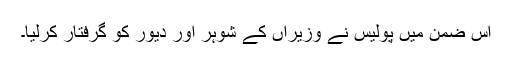
اس ضمن میں پولیس نے وزیراں کے شوہر اور دیور کو گرفتار کرلیا۔